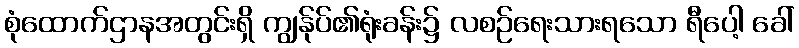
စုံထောက်ဌာနအတွင်းရှိ ကျွန်ုပ်၏ရုံးခန်း၌ လစဉ်ရေးသားရသော ရီပေါ့ ခေါ်